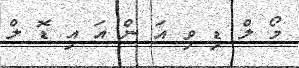
މޯ ލް ޑި ވި އަ ން އަ އި ޑޮ ލް